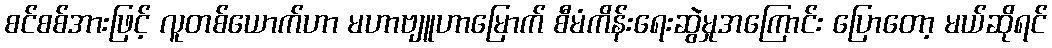
စင်စစ်အားဖြင့် လူတစ်ယောက်ဟာ မဟာဗျူဟာမြောက် စီမံကိန်းရေးဆွဲမှုအကြောင်း ပြောတော့ မယ်ဆိုရင်